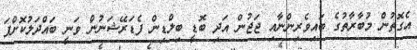
އެގޮތުން މުބާރާތުގެ ބައިވެރިންނާއި ޖަޖުން އަދި ބޮޑީ ބިލްޑިން ފެޑަރޭޝަނުން ވަނީ ބައްދަލުކޮށްފަ